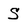
Character: S